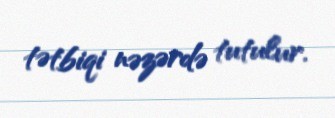
tətbiqi nəzərdə tutulur.